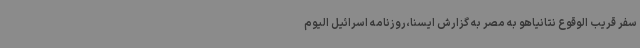
سفر قریب الوقوع نتانیاهو به مصر به گزارش ایسنا،روزنامه اسرائیل الیوم